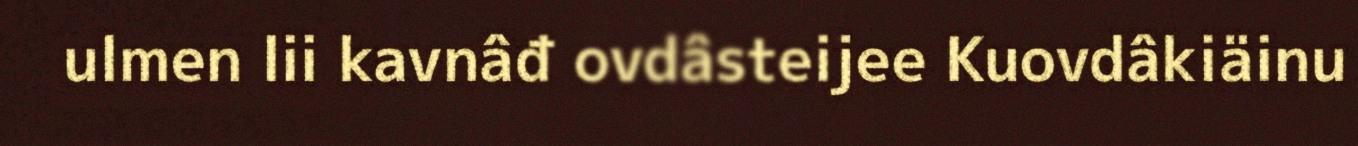
ulmen lii kavnâđ ovdâsteijee Kuovdâkiäinu